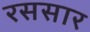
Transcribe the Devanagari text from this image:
रससार